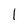
Character: l